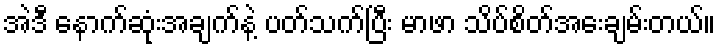
အဲဒီ နောက်ဆုံးအချက်နဲ့ ပတ်သက်ပြီး မာဖာ သိပ်စိတ်အေးချမ်းတယ်။